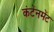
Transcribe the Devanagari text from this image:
कंटेंनमेंट